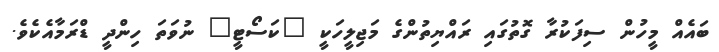
ބައެއް މީހުން ސިފަކުރާ ގޮތުގައި ރައްޔިތުންގެ މަޖިލީހަކީ "ކަސޯޓީ" ނުވަތަ ހިންދީ ޑްރަމާއެކެވެ.